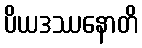
ပိယဒဿနောတိ